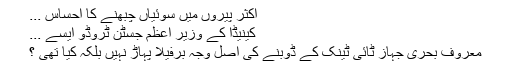
اکثر پیروں میں سوئیاں چبھنے کا احساس ...
کینیڈا کے وزیر اعظم جسٹن ٹروڈو ایسے ...
معروف بحری جہاز ٹائی ٹینک کے ڈوبنے کی اصل وجہ برفیلا پہاڑ نہیں بلکہ کیا تھی ؟